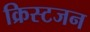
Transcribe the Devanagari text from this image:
क्रिस्टजन